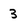
Character: 3